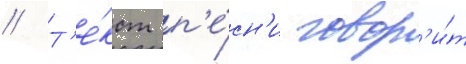
// Т'е́кст п'е́сн'и говор'и́т